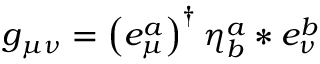
g _ { \mu \nu } = \left( e _ { \mu } ^ { a } \right) ^ { \dagger } \eta _ { b } ^ { a } \ast e _ { \nu } ^ { b }